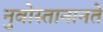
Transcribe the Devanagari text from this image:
नुवोस्तानानते